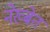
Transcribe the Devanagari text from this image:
नेख्बेत